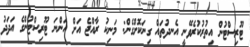
ޓޫރިސްޓުން އިތުރުކުރެވޭނީ އެނދުތައް ގިނަކޮށްގެން: މަނިކު ރާއްޖެ އަށް އަންނަ ޓޫރިސްޓުންގެ އަދަދު